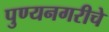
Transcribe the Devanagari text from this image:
पुण्यनगरीचे